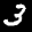
Label: 3